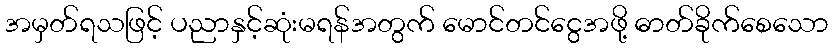
အမှတ်ရသဖြင့် ပညာနှင့်ဆုံးမရန်အတွက် မောင်တင်ငွေအဖို့ ဓာတ်ခိုက်စေသော